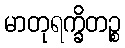
မာတုရက္ခိတဉ္စ